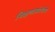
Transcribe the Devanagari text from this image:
शिक्षणासंबंधीचे